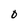
Character: O